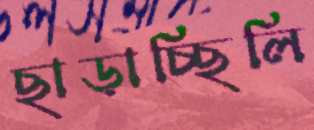
ছাড়াচ্ছিলি